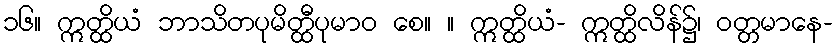
၁၆။ ဣတ္ထိယံ ဘာသိတပုမိတ္ထီပုမာဝ စေ။ ။ ဣတ္ထိယံ- ဣတ္ထိလိန်၌၊ ဝတ္တမာနေ-